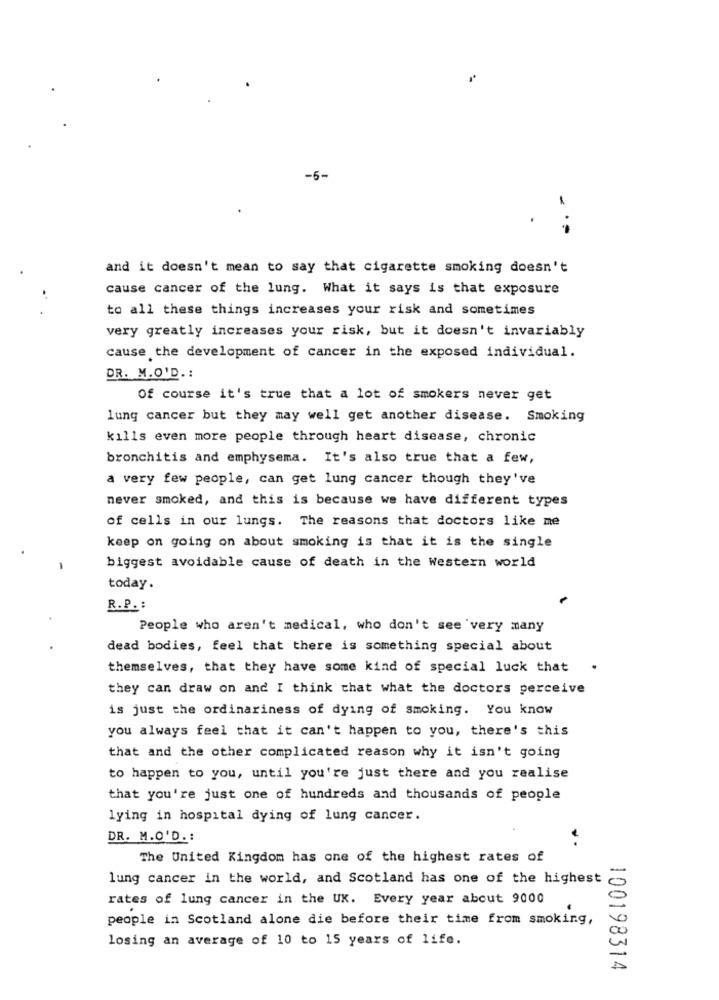
-6-
and it doesn't mean to say that cigarette smoking doesn't
cause cancer of the lung. What it says is that exposure
to all these things increases your risk and sometimes
very greatly increases your risk, but it doesn't invariably
cause the development of cancer in the exposed individual.
DR. M.O'D .:
Of course it's true that a lot of smokers never get
lung cancer but they may well get another disease. Smoking
kills even more people through heart disease, chronic
bronchitis and emphysema. It's also true that a few,
a very few people, can get lung cancer though they've
never smoked, and this is because we have different types
of cells in our lungs. The reasons that doctors like me
keep on going on about smoking is that it is the single
biggest avoidable cause of death in the Western world
today.
R.P. :
People who aren't medical, who don't see very many
dead bodies, feel that there is something special about
themselves, that they have some kind of special luck that
they can draw on and I think that what the doctors perceive
is just the ordinariness of dying of smoking. You know
you always feel that it can't happen to you, there's this
that and the other complicated reason why it isn't going
to happen to you, until you're just there and you realise
that you're just one of hundreds and thousands of people
lying in hospital dying of lung cancer.
DR. M.O'D. :
The United Kingdom has one of the highest rates of
lung cancer in the world, and Scotland has one of the highest
rates of lung cancer in the UX. Every year about 9000
people in Scotland alone die before their time from smoking,
losing an average of 10 to 15 years of life.
100198314